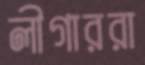
লীগাররা